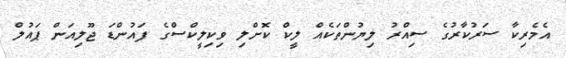
އެމެރިކާ ސަރުކާރުގެ ސިއްރު ލިޔުންތަކެއް ލީކް ކޮށްލި ވިކިލީކްސްގެ ފައުންޑަ ޖޫލިއަން ޕައުލް